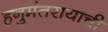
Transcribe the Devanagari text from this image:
हनुमंतरायाची